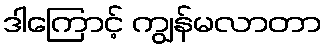
ဒါကြောင့် ကျွန်မလာတာ